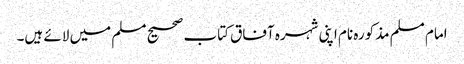
امام مسلم مذکورہ نام اپنی شہرہ آفاق کتاب صحیح مسلم میں لائے ہیں۔